Lunatic asylums Central Provinces reports 1874-1885 - 1874-1885
Year: 1874
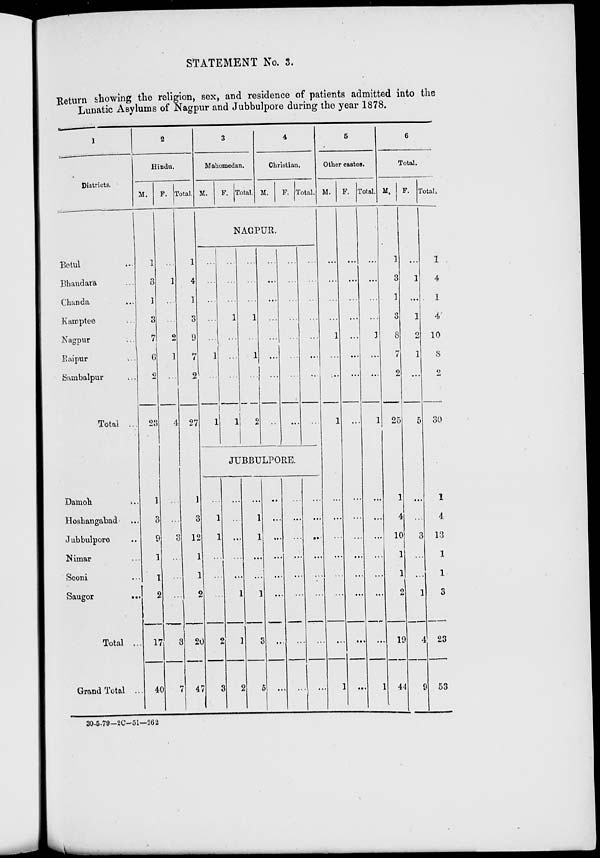
STATEMENT No. 3.
Return showing the religion, sex, and residence of patients admitted into the
Lunatic Asylums of Nagpur and Jubbulpore during the year 1878.
1
Districts.
Betul ...
Bhandara ...
Chanda ...
Kamptee ...
Nagpur ...
Raipur ...
Sambalpur ...
Total ...
Damoh
...
Hoshangabad
...
Jubbulpore ...
Nimar ...
Seoni ...
Saugor
...
Total ...
Grand Total ...
2
Hindu.
M.
1
3
1
3
7
6
2
23
1
3
9
1
1
2
17
40
F.
...
1
...
...
2
1
...
4
...
...
3
...
...
...
3
7
Total.
1
4
1
3
9
7
2
27
1
3
12
1
1
2
20
47
3
Mahomedan.
M.
F. Total.
4
Christian.
M.
F.
Total.
NAGPUR.
...
...
...
...
...
1
...
1
...
...
...
1
...
...
...
1
...
...
...
1
...
1
...
2
...
...
...
...
...
...
...
...
...
...
...
...
...
...
...
...
...
...
...
...
...
...
...
...
JUBBULPORE.
...
1
1
...
...
...
2
3
...
...
...
...
...
1
1
2
...
1
1
...
...
1
3
5
...
...
...
...
...
...
...
...
...
...
...
...
...
...
...
...
...
...
...
...
...
...
...
...
5
Other castes.
M.
...
...
...
...
1
...
...
1
...
...
...
...
...
...
...
1
F.
...
...
...
...
...
...
...
...
...
...
...
...
...
...
...
...
Total.
...
...
...
...
1
...
...
1
...
...
...
...
...
...
...
1
6
Total.
M.
1
3
1
3
8
7
2
25
1
4
10
1
1
2
19
44
F.
...
1
...
1
2
1
...
5
...
...
3
...
...
1
4
9
Total.
1
4
1
4
10
8
2
30
1
4
13
1
1
3
23
53
30-5-79—2C—51—262